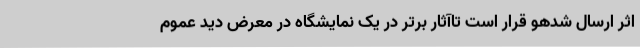
اثر ارسال شدهو قرار است تاآثار برتر در یک نمایشگاه در معرض دید عموم